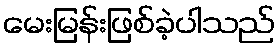
မေးမြန်းဖြစ်ခဲ့ပါသည်